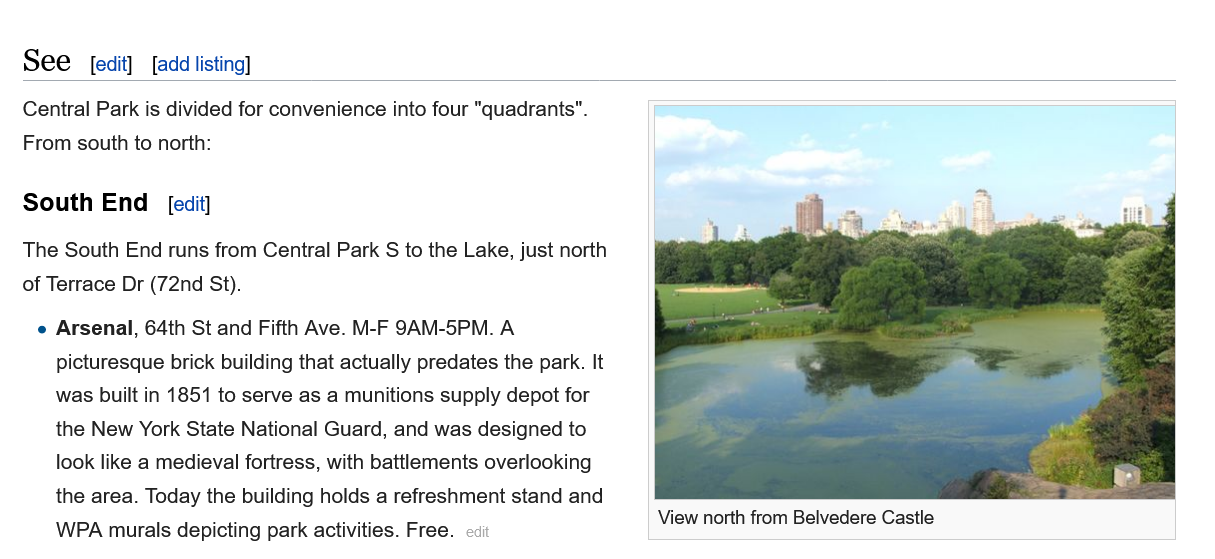
View north from Belvedere Castle
   See    [edit] [add listing]
   Central Park is divided for convenience into four "quadrants".
   From south to north:
   South   End   [edit]
   The South End runs from Central Park S to the Lake, just north
   of Terrace Dr (72nd St).
    e Arsenal, 64th St and Fifth Ave. M-F 9AM-5PM. A
     picturesque brick building that actually predates the park. It
     was built in 1851 to serve as a munitions supply depot for
     the New York State National Guard, and was designed to
     look like a medieval fortress, with battlements overlooking
     the area. Today the building holds a refreshment stand and
     WPA  murals depicting park activities. Free.